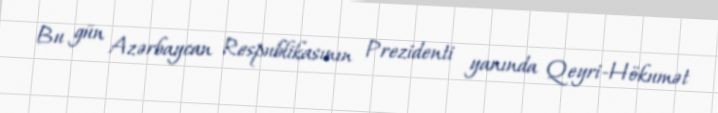
Bu gün Azərbaycan Respublikasının Prezidenti yanında Qeyri-Hökumət